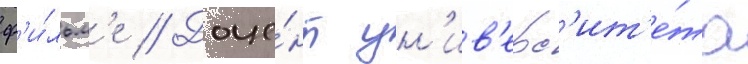
ф'и́льм'е // Доце́нт ун'ив'ерс'ит'е́та